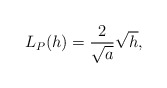
\begin{align*} \begin{aligned}L_P(h)=\frac{2}{\sqrt{a}}\sqrt{h}, \end{aligned} \end{align*}